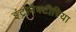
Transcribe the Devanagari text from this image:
इंट्रोबैक्टीरिया